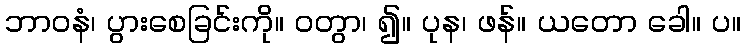
ဘာဝနံ၊ ပွားစေခြင်းကို။ ဝတွာ၊ ၍။ ပုန၊ ဖန်။ ယတော ခေါ။ ပ။